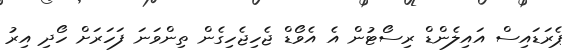
ޕެރަޑައިސް އައިލެންޑް ރިސޯޓުން އެ އެވޯޑް ޖެހިޖެހިގެން ތިންވަނަ ފަހަރަށް ހޯދި އިރު